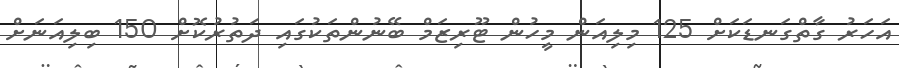
އަހަރު ގާތްގަނޑަކަށް 125 މިލިއަން މީހުން ޓޫރިޒަމް ބޭނުންތަކުގައި ދަތުރުކޮށް 150 ބިލިއަނަށް